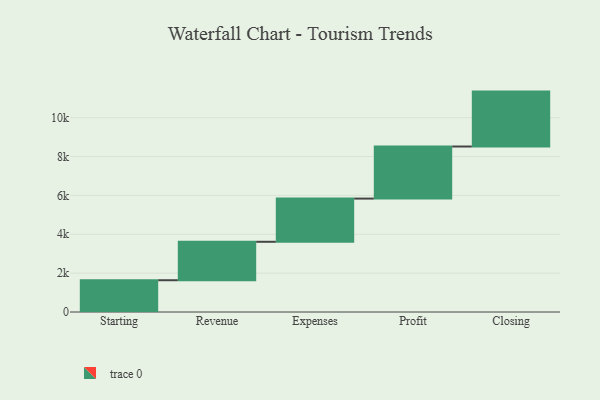
{"axis": {"x": "Step", "y": "Value"}, "legend": [""], "data": [{"x": "Starting", "y": 1635.0, "type": ""}, {"x": "Revenue", "y": 1979.0, "type": ""}, {"x": "Expenses", "y": 2223.0, "type": ""}, {"x": "Profit", "y": 2681.0, "type": ""}, {"x": "Closing", "y": 2826.0, "type": ""}]}